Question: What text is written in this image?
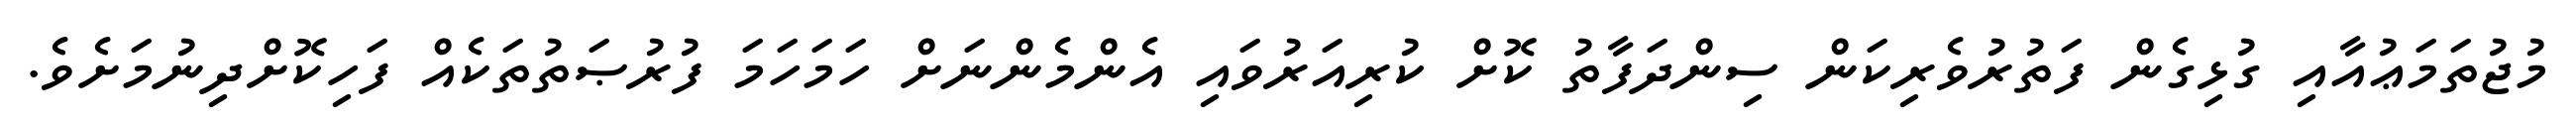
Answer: މުޖުތަމަޢުއާއި ގުޅިގެން ފަތުރުވެރިކަން ސިންދަފާތު ކޮށް ކުރިއަރުވައި އެންމެންނަށް ހަމަހަމަ ފުރުޞަތުތަކެއް ފަހިކޮށްދިނުމަށެވެ.